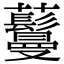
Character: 𬟦